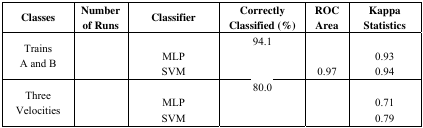
<table><thead><tr><td><b>Classes</b></td><td><b>Number of Runs</b></td><td><b>Classifier</b></td><td><b>Correctly Classified (%)</b></td><td><b>ROC Area</b></td><td><b>Kappa Statistics</b></td></tr></thead><tbody><tr><td rowspan="3">Trains A and B</td><td rowspan="3">[EMPTY_CELL]</td><td>[EMPTY_CELL]</td><td>94.1</td><td>[EMPTY_CELL]</td><td>[EMPTY_CELL]</td></tr><tr><td>MLP</td><td>[EMPTY_CELL]</td><td>[EMPTY_CELL]</td><td>0.93</td></tr><tr><td>SVM</td><td>[EMPTY_CELL]</td><td>0.97</td><td>0.94</td></tr><tr><td rowspan="3">Three Velocities</td><td rowspan="3">[EMPTY_CELL]</td><td>[EMPTY_CELL]</td><td>80.0</td><td>[EMPTY_CELL]</td><td>[EMPTY_CELL]</td></tr><tr><td>MLP</td><td>[EMPTY_CELL]</td><td>[EMPTY_CELL]</td><td>0.71</td></tr><tr><td>SVM</td><td>[EMPTY_CELL]</td><td>[EMPTY_CELL]</td><td>0.79</td></tr></tbody></table>